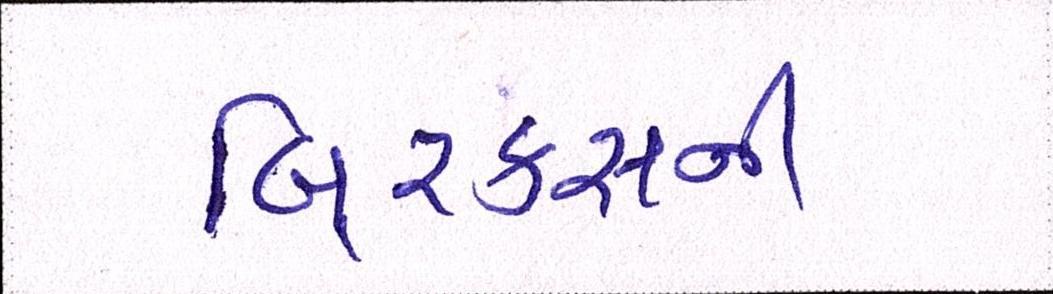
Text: બિ્રક્સની